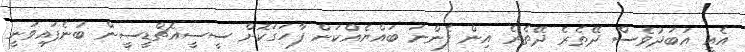
އެއީ އަބަދުވެސް ދޭތެރެ ދޭތެރެ އިން ފެންނަ ބައްޔެއްކަން ފާހަގަކޮށް ސީސީއެޗްޑީސީން ބުނެފައިވަނީ